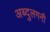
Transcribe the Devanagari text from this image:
अब्दुलगनी